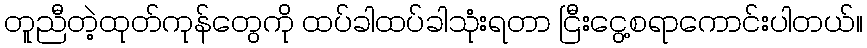
တူညီတဲ့ထုတ်ကုန်တွေကို ထပ်ခါထပ်ခါသုံးရတာ ငြီးငွေ့စရာကောင်းပါတယ်။